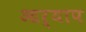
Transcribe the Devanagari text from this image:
आर्याप